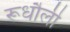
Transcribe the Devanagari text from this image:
रूधौली